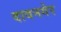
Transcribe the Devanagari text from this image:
दावनगेर